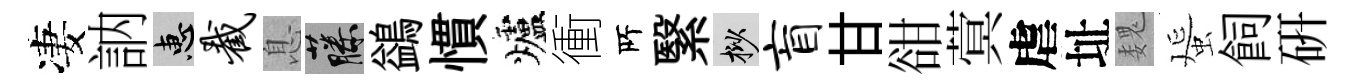
凄訥惠截息藤鷁慣爐衝𠩄繄挲盲甘𧮳蓂虐址魏蜑飼硏